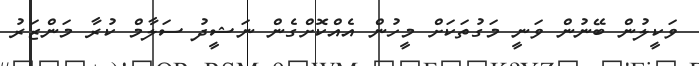
ވަކީލުން ބޭނުން ވަނީ މަގުތަކަށް މީހުން އެއްކޮށްގެން ނަޝީދު ސަލާމް ކުރާ މަންޒަރު